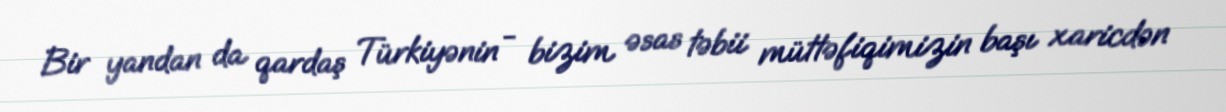
Bir yandan da qardaş Türkiyənin - bizim əsas təbii müttəfiqimizin başı xaricdən